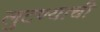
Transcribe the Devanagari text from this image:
लुटण्याची